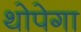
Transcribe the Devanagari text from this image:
थोपेगा